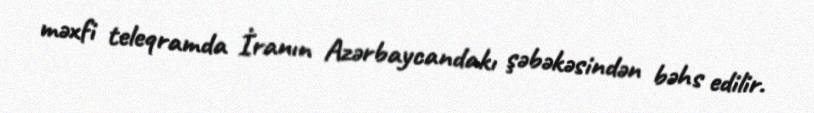
məxfi teleqramda İranın Azərbaycandakı şəbəkəsindən bəhs edilir.